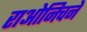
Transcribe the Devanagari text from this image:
राओनिचने